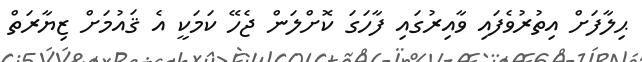
ޙިލާފަށް އިތުރުވެފައި ވާއިރުގައި ފާހަގަ ކޮށްލަން ޖެހޭ ކަމަކީ އެ ޤައުމަށް ޒިޔާރަތް